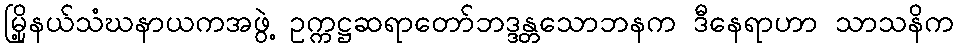
မြို့နယ်သံဃနာယကအဖွဲ့ ဥက္ကဋ္ဌဆရာတော်ဘဒ္ဒန္တသောဘနက ဒီနေရာဟာ သာသနိက